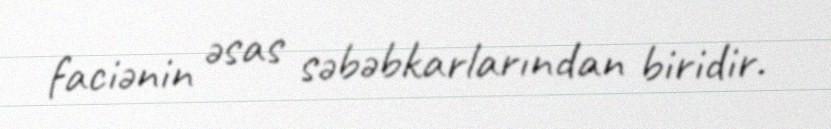
faciənin əsas səbəbkarlarından biridir.